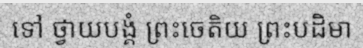
ទៅ ថ្វាយបង្គំ ព្រះចេតិយ ព្រះបដិមា